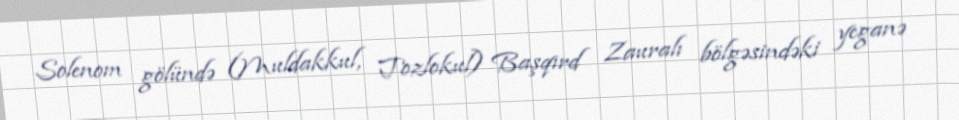
Solenom gölündə (Muldakkul, Tozlokul) Başqırd Zauralı bölgəsindəki yeganə